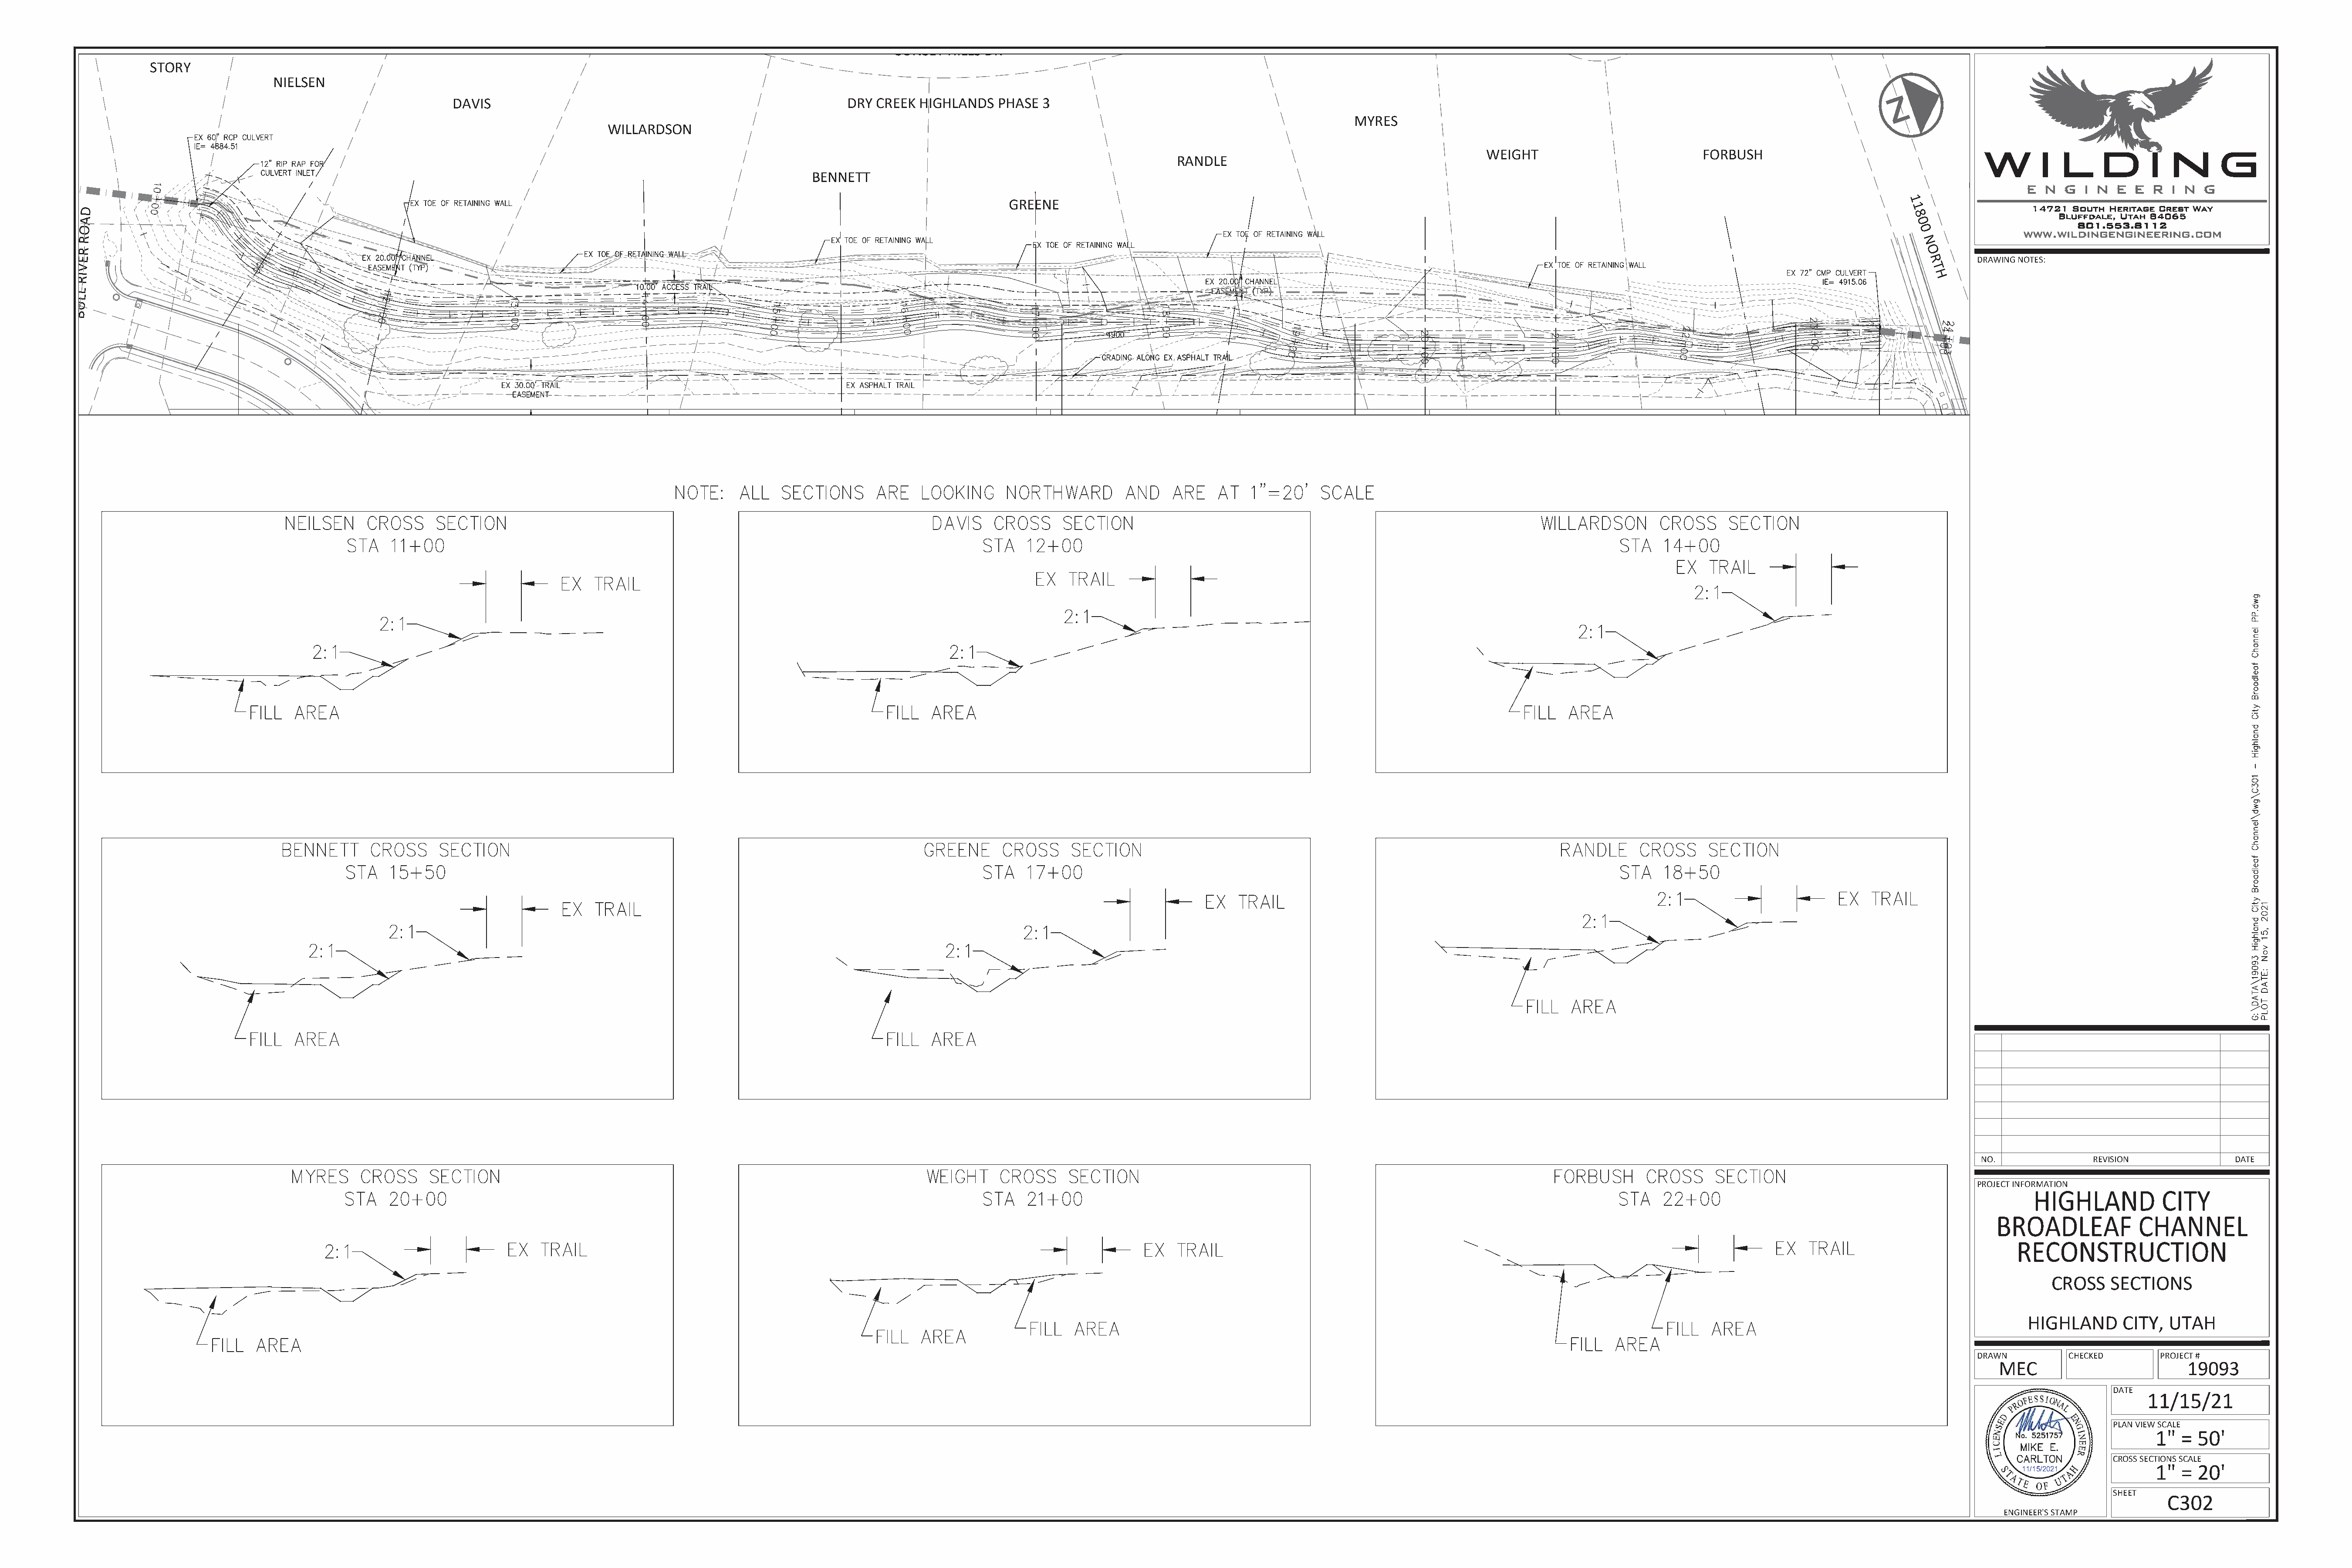
SUNSET  HILLS DR
 STORY
 NIELSEN
 DAVIS                                                       DRY CREEK  HIGHLANDS   PHASE 3
 MYRES
 WILLARDSON
 WEIGHT                           FORBUSH
 RANDLE
 BENNETT
 GREENE                                                                                                                                   1
 D                                                                                                                                                                                                                                                                                     1
 8
 A
 0
 O                                                                                                                                                                                                                                                                                      0
 R                                                                                                                                                                                                                                                                                       N
 R                                                                                                                                                                                                                                                                                       O
 E                                                                                                                                                                                                                                                                                        R       DRAWING NOTES:
 V                                                                                                                                                                                                                                                                                        T
 I                                                                                                                                                                                                                                                                                          H
 R
 L
 L
 U
 B
 NO.              REVISION              DATE
 PROJECT INFORMATION
 CROSS    SECTIONS
 HIGHLAND       CITY,  UTAH
 DRAWN        CHECKED       PROJECT #
 MEC                          19093
 DATE
 11/15/21
 PLAN VIEW SCALE
 1"  = 50'
 CROSS SECTIONS SCALE
 1"  = 20'
 11/15/2021
 SHEET
 C302
 ENGINEER'S STAMP